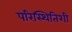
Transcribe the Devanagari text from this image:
परिस्थितिशी